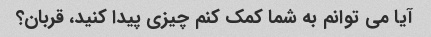
آیا می توانم به شما کمک کنم چیزی پیدا کنید، قربان؟